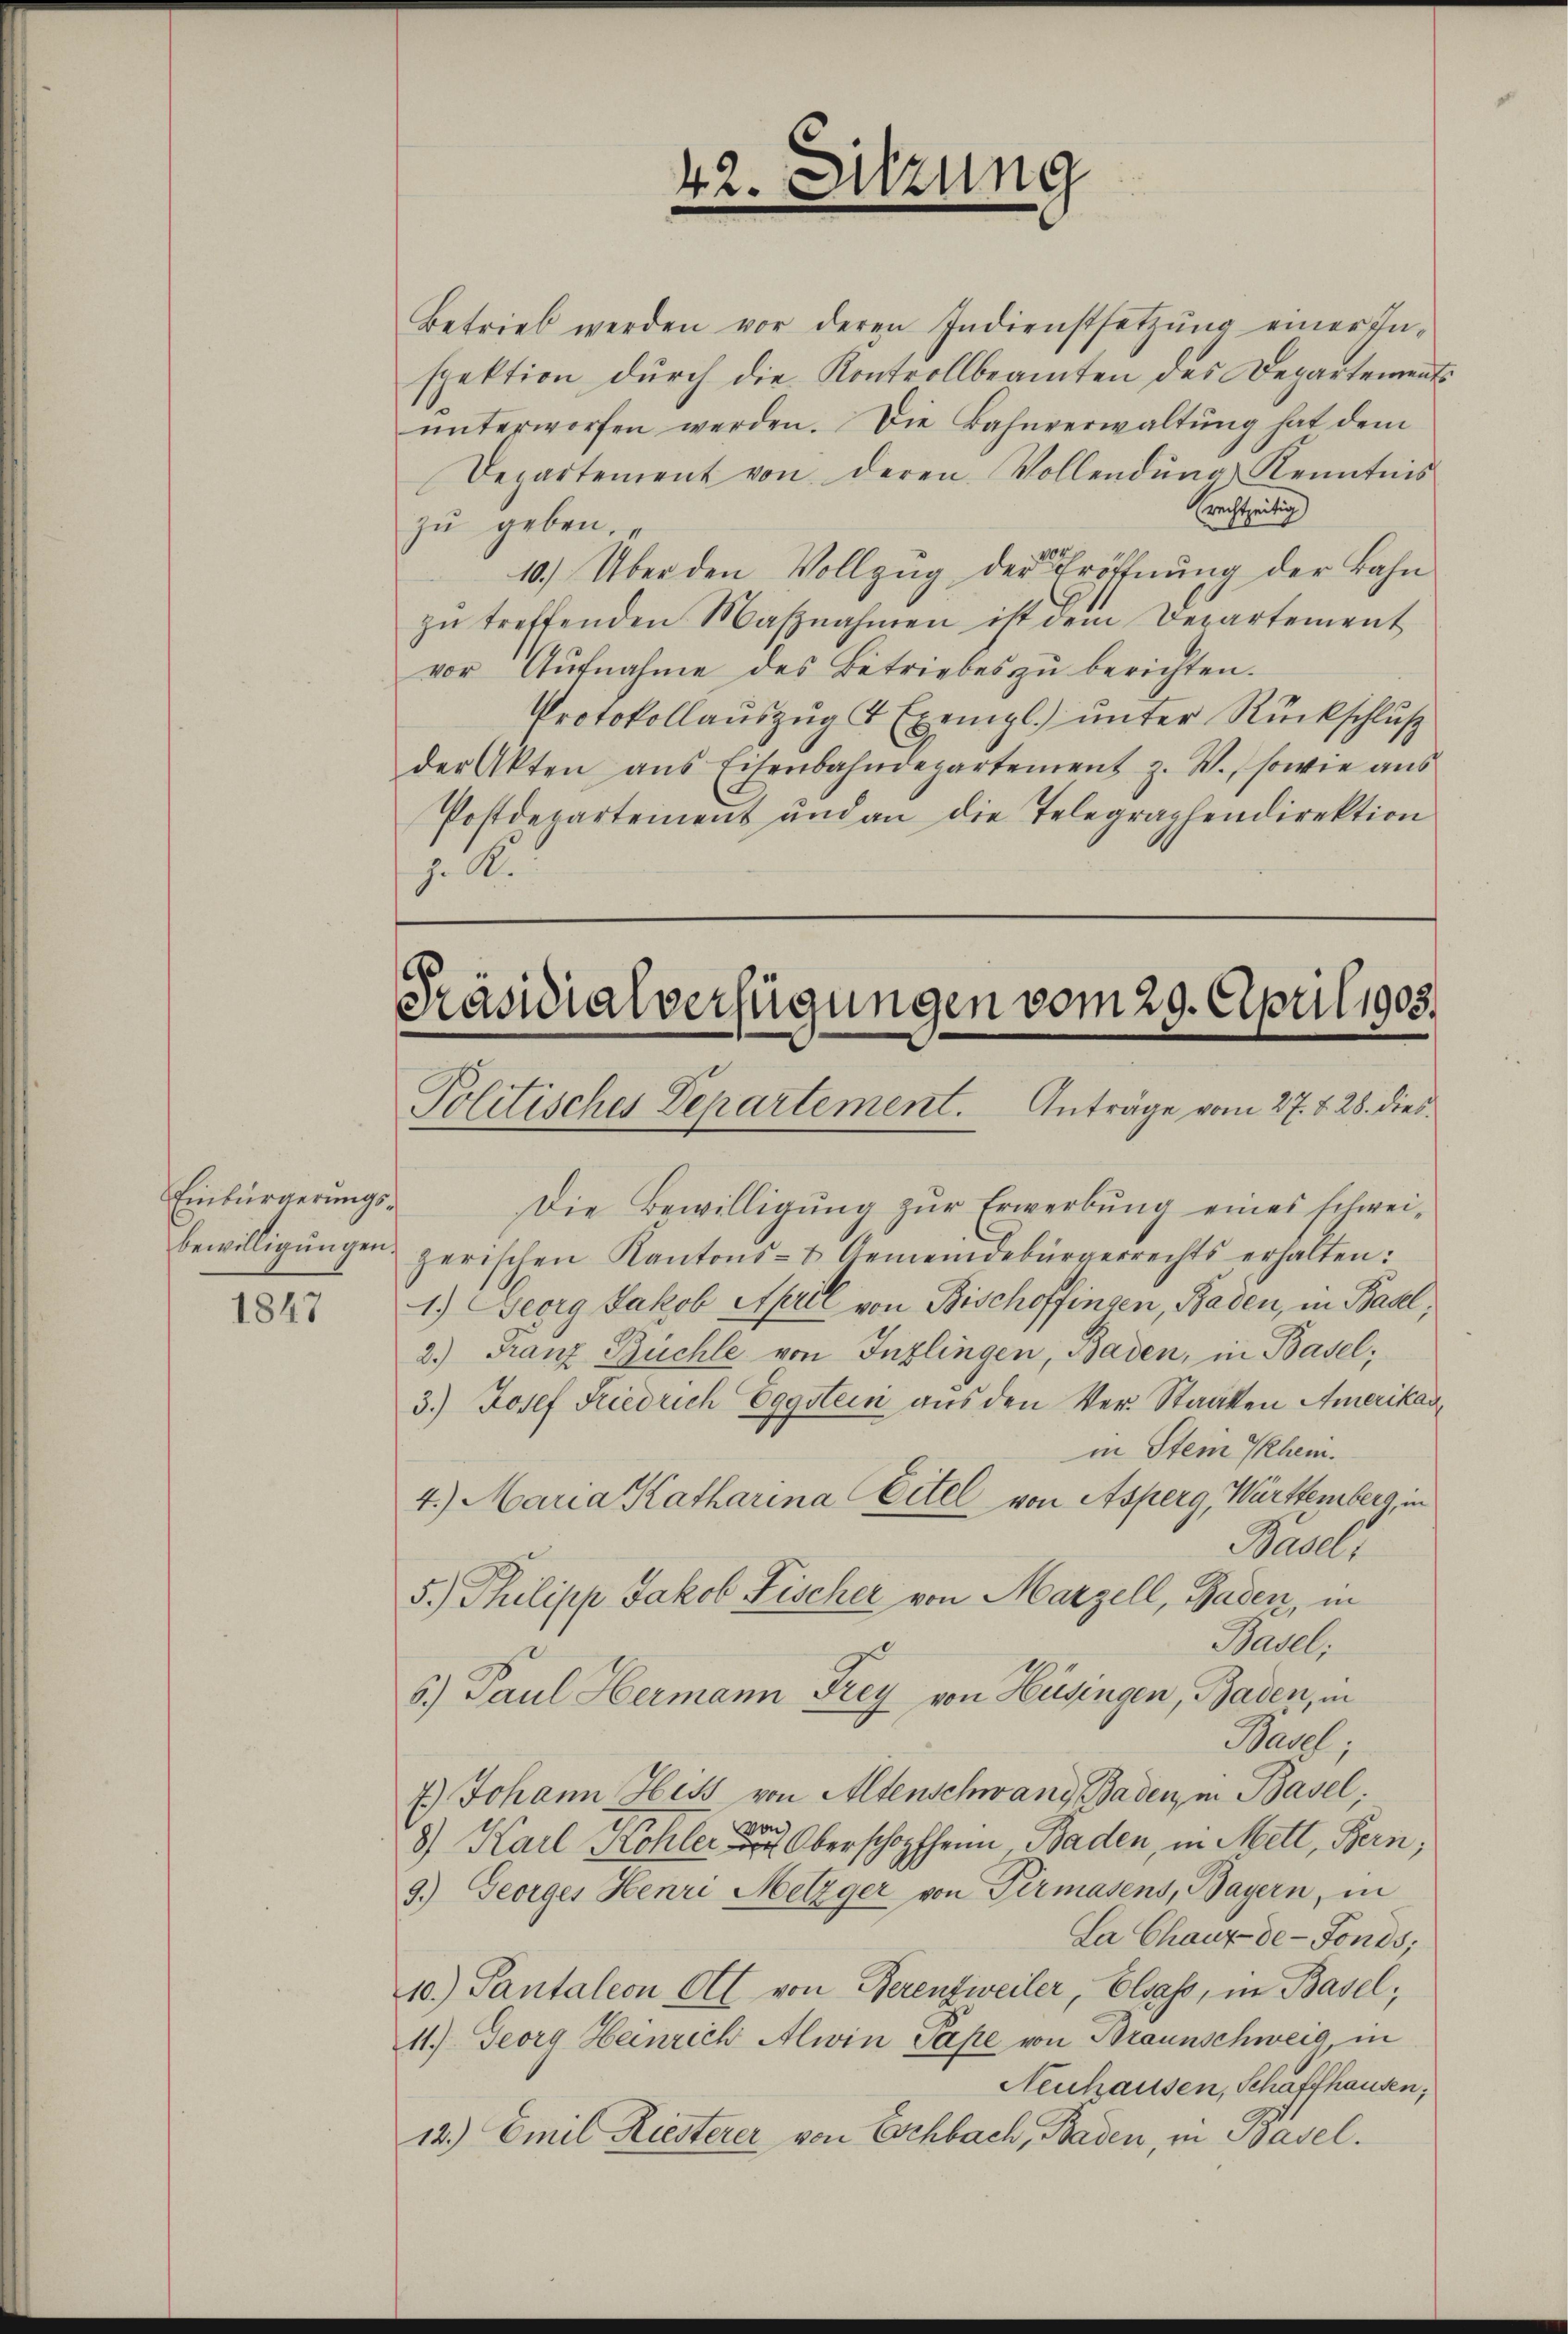
Einbürgerungsbewilligungen.

1847

42. Sitzung

Betrieb werden vor deren Indienstsetzŭng einer In-
spektion durch die Kontrollbeamten des Departements
ŭnterworfen werden. Die Bahnverwaltŭng hat dem
Departement von deren Vollendŭng Kenntnis
(rechtzeitig
zu geben.
10.) Über den Vollzŭg der Eröffnŭng der Bahn
zŭ treffenden Maβnahmen ist dem Departement
vor Aŭfnahme des Betriebes zŭ berichten.
Protokollauszug 4 Exempl.) unter Rückschluß
der Akten ans Eisenbahndepartement z. W., sowie aŭs
Postdepartement und an die Telegraphendirektion
J. A.

.
Präsidialverfügungen vom 29. April 1903.
Politisches Departement. Anträge vom 27. d. 28. dies¬

Die Bewilligung zur Erwerbung eines schweizerischen Kantons- & Gemeindebürgerrechts erhalten:
1.) Georg Jakob April von Bischoffingen, Baden, in Basel,
2.) Franz Buchle von Inzlingen, Baden, in Basel;
3.) Josef Friedrich Eggstein aus den Ver- Staaten Amerikas
in Stein Them.
4.) Maria Katharina Eitel von Asperg, Württemberg, in
Basel;
5.) Philipp Jakob Fischer von Marzell, Baden, in
Basel;
6.) Paul Hermann Frey von Hüsingen, Baden, in
Basel;
7.) Johann Hess von Altenschwang, Baden, in Basel;
von
8) Karl Kohler Oberschopfheim Baden, in Mett, Bern;
9.) Georges Henri Metzger von Permasens, Bayern, in
La Chaux-de-Fonds;
10.) Pantaleon Al. von Berenzweiler, Elsass, in Basel;
11.) Georg Heinrich Alwin Pape von Braunschweig, in
Neuhausen, Schaffhausen,
12.) Emil Kiesterer von Eschbach, Baden, in Basel.